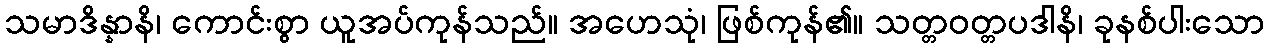
သမာဒိန္နာနိ၊ ကောင်းစွာ ယူအပ်ကုန်သည်။ အဟေသုံ၊ ဖြစ်ကုန်၏။ သတ္တဝတ္တပဒါနိ၊ ခုနစ်ပါးသော